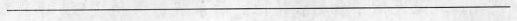
___